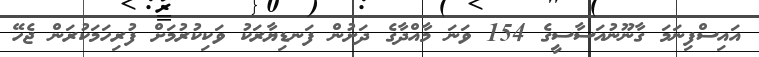
އައިސްފިނަމަ ގާނޫނުއަސާސީގެ 154 ވަނަ މާއްދާގެ ދަށުން ފަނޑިޔާރަކު ވަކިކުރުމަށް ފުރިހަމަކުރަން ޖެހޭ